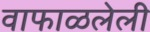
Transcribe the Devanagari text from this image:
वाफाळलेली